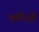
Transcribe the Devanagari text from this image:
दारिजो